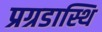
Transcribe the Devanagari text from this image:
प्रग्रडास्थि